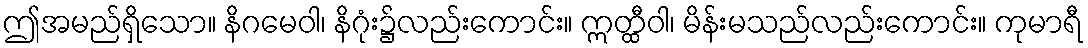
ဤအမည်ရှိသော။ နိဂမေဝါ၊ နိဂုံး၌လည်းကောင်း။ ဣတ္ထီဝါ၊ မိန်းမသည်လည်းကောင်း။ ကုမာရီ